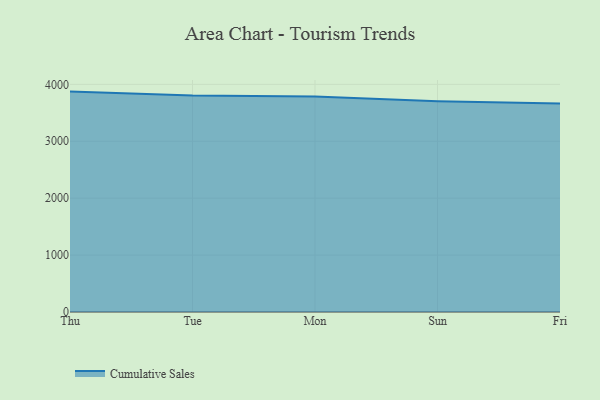
{"axis": {"x": "Day", "y": "Operating Costs (USD K)"}, "legend": ["Cumulative Sales"], "data": [{"x": "Thu", "y": 3872.2, "type": "Cumulative Sales"}, {"x": "Tue", "y": 3802.0, "type": "Cumulative Sales"}, {"x": "Mon", "y": 3787.2, "type": "Cumulative Sales"}, {"x": "Sun", "y": 3703.8, "type": "Cumulative Sales"}, {"x": "Fri", "y": 3665.1, "type": "Cumulative Sales"}]}